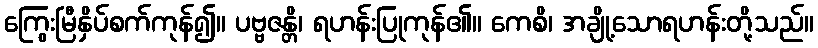
ကြွေးမြီနှိပ်စက်ကုန်၍။ ပဗ္ဗဇန္တိ၊ ရဟန်းပြုကုန်၏။ ကေစိ၊ အချို့သောရဟန်းတို့သည်။